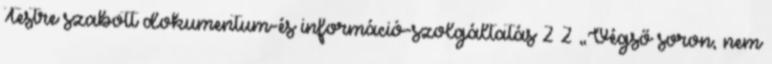
Testre szabott dokumentum-és információ-szolgáltatás 2 2 „Végső soron, nem